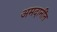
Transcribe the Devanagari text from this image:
अमदानींत